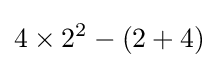
4\times 2^{2}-(2+4)